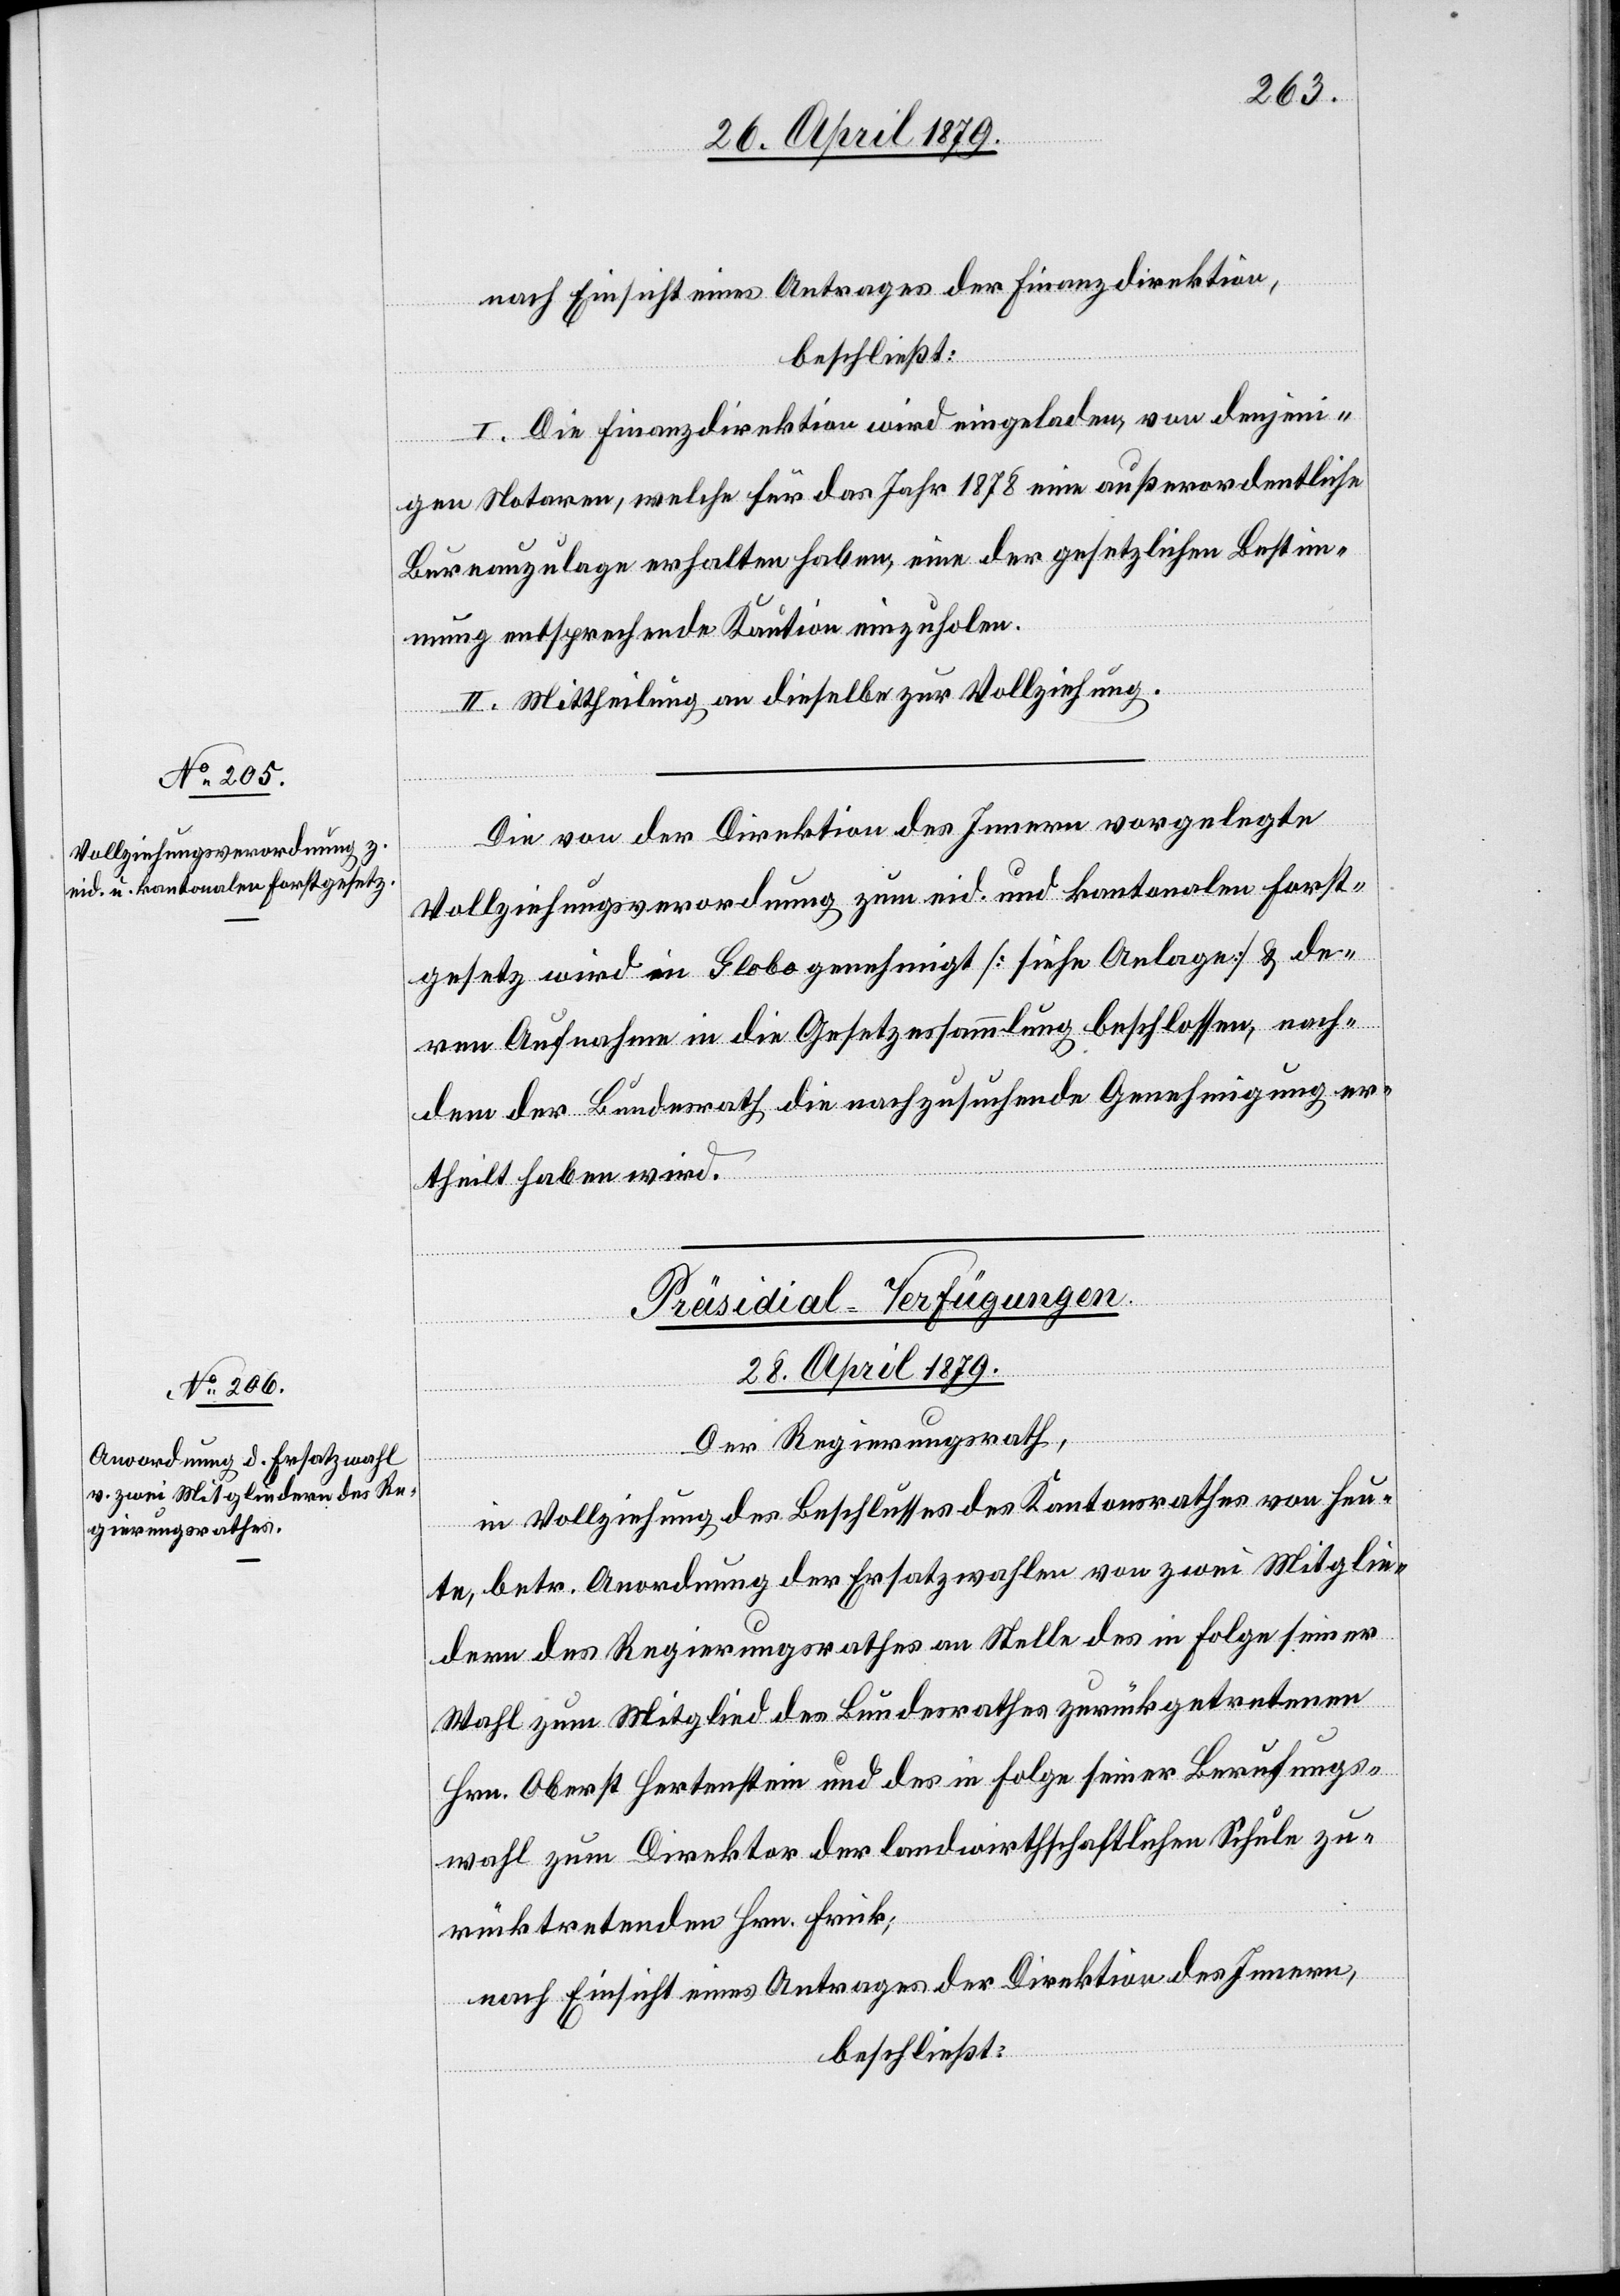
nach Einsicht eines Antrages der Finanzdirektion,
beschließt:
I. Die Finanzdirektion wird eingeladen, von denjeni¬
gen Notaren, welche für das Jahr 1878 eine außerordentliche
Bureauzulage erhalten haben, eine der gesetzlichen Bestim¬
mung entsprechende Kaution einzuholen.
II. Mittheilung an dieselbe zur Vollziehung.
Die von der Direktion des Innern vorgelegte
Vollziehungsverordnung zum eid. und kantonalen Forst¬
gesetz wird in Globo genehmigt [siehe Anlage] & de¬
ren Aufnahme in die Gesetzessammlung beschlossen, nach¬
dem der Bundesrath die nachzusuchende Genehmigung er¬
theilt haben wird.
Präsidial-Verfügungen.
28. April 1879.
Der Regierungsrath,
in Vollziehung des Beschlusses des Kantonsrathes von heu¬
te, betr. Anordnung der Ersatzwahlen von zwei Mitglie¬
dern des Regierungsrathes an Stelle des in Folge seiner
Wahl zum Mitglied des Bundesrathes zurückgetretenen
Hrn. Oberst Hertenstein und des in Folge seiner Berufungs¬
wahl zum Direktor der landwirthschaftlichen Schule zu¬
rücktretenden Hrn. Frick;
nach Einsicht eines Antrages der Direktion des Innern,
beschließt: